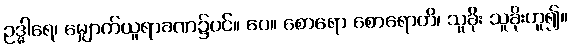
ဥဒ္ဓါရေ၊ မျှောက်ယူရာခဏ၌ပင်။ ပေ။ စောရော စောရောတိ၊ သူခိုး သူခိုးဟူ၍။